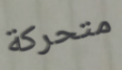
متحركة